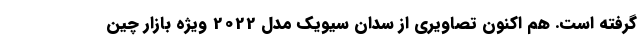
گرفته است. هم اکنون تصاویری از سدان سیویک مدل 2022 ویژه بازار چین